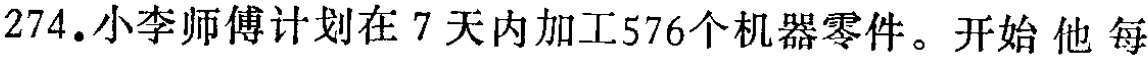
274.小李师傅计划在 7 天内加工576个机器零件。开始 他 每